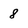
Character: 8